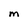
Character: M